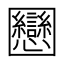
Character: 𡈻